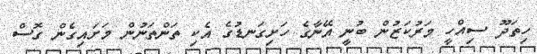
ހިތަދޫ ސިއްހީ މަރުކަޒުން ބުނީ އޭނާގެ ހަށިގަނޑުގެ އެކި ތަންތަނުން މަށައިގެން ގޮސް